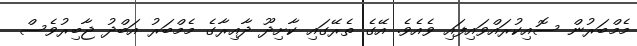
މެމްބަރުން ސޮއިކުރައްވައިފައި ވެއެވެ. އޭގެ ތެރޭގައި ކާށިދޫ ދާއިރާގެ މެމްބަރު އަބްދު ޖާބިރުވެސް